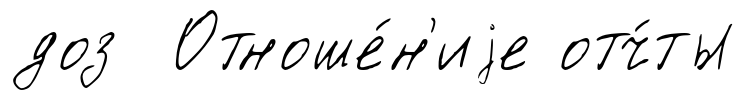
доз Отноше́н'иjе отч́ты